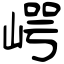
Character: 崿